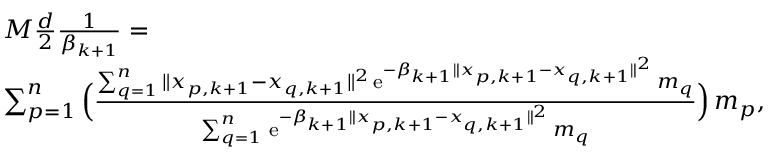
\begin{array} { r l } & { M \frac { d } { 2 } \frac { 1 } { \beta _ { k + 1 } } = } \\ & { \sum _ { p = 1 } ^ { n } \Big ( \frac { \sum _ { q = 1 } ^ { n } \| x _ { p , k + 1 } - x _ { q , k + 1 } \| ^ { 2 } \, \mathrm { e } ^ { - \beta _ { k + 1 } \| x _ { p , k + 1 } - x _ { q , k + 1 } \| ^ { 2 } } \, m _ { q } } { \sum _ { q = 1 } ^ { n } \, \mathrm { e } ^ { - \beta _ { k + 1 } \| x _ { p , k + 1 } - x _ { q , k + 1 } \| ^ { 2 } } \, m _ { q } } \Big ) \, m _ { p } , } \end{array}